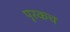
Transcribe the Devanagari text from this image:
पूरकच